Indian journal of veterinary science and animal husbandry - Volume 11,
Year: 1941
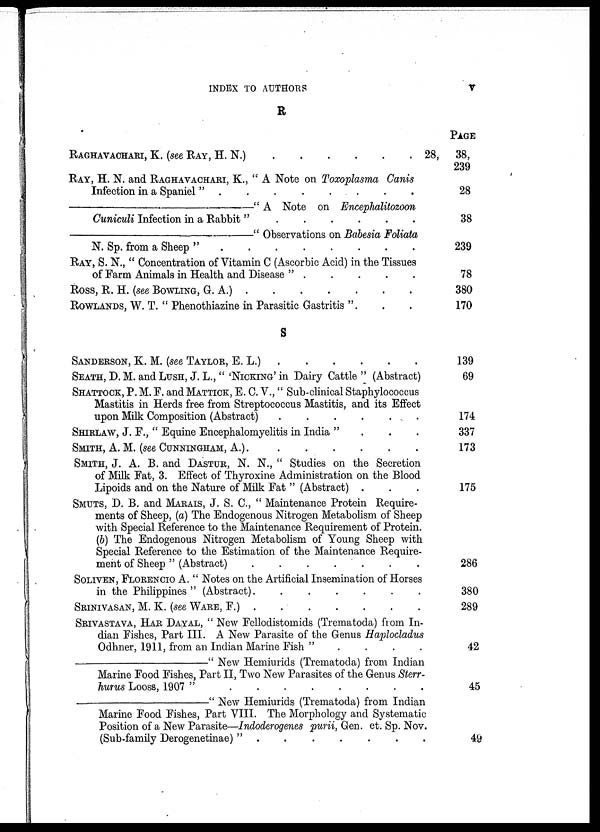
INDEX TO AUTHORS
V
R
RAGHAVACHARI, K. (see RAY, H. N.) . . . . . .
RAY, H. N. and RAGHAVACHARI, K., " A Note on Toxoplasma Canis
Infection in a Spaniel " . . . . . . . . . .
—"
A
Note
on Encephalitozoon
Cuniculi Infection in a Rabbit "
.
.
.
.
.
.
.
—"
Observations on Babesia Foliata
N. Sp. from a Sheep " . . . . . . . . . .
RAY, S. N., " Concentration of Vitamin C (Ascorbic Acid) in the Tissues
of Farm Animals in Health and Disease " . . . . . . . . . .
ROSS, R. H. (see BOWLING, G. A.) . . . . . . .
ROWLANDS, W. T. " Phenothiazine in Parasitic Gastritis ". . .
S
SANDERSON, K. M. (see TAYLOR, E. L.) . . . . . .
SEATH, D. M. and LUSH, J. L., " 'NICKING' in Dairy Cattle " (Abstract)
SHATTOCK, P. M. F. and MATTICK, E. C. V., " Sub-clinical Staphylococcus
Mastitis in Herds free from Streptococcus Mastitis, and its Effect
upon Milk Composition (Abstract)
.
.
.
.
.
.
.
SHIRLAW, J. F., " Equine Encephalomyelitis in India " . . .
SMITH, A.M. (see CUNNINGHAM, A.) . . . . . . .
SMITH, J. A. B. and DASTUR, N. N., " Studies on the Secretion
of Milk Fat, 3. Effect of Thyroxine Administration on the Blood
Lipoids and on the Nature of Milk Fat " (Abstract) . . .
SMUTS, D. B. and MARAIS, J. S. C, " Maintenance Protein Require-
ments of Sheep, (a) The Endogenous Nitrogen Metabolism of Sheep
with Special Reference to the Maintenance Requirement of Protein.
(6) The Endogenous Nitrogen Metabolism of Young Sheep with
Special Reference to the Estimation of the Maintenance Require-
ment of Sheep " (Abstract)
.
.
.
.
.
.
.
SOLIVEN, FLORENCIO A. " Notes on the Artificial Insemination of Horses
in the Philippines " (Abstract).
.
.
.
.
.
.
SRINIVASAN, M. K. (see WARE, F.) . . . . . . . . . .
SRIVASTAVA, HAR DAYAL, " New Fellodistomids (Trematoda) from In-
dian Fishes, Part III. A New Parasite of the Genus Haplocladus
Odhner, 1911, from an Indian Marine Fish " . . . .
—"
New Hemiurids (Trematoda) from Indian
Marine Food Fishes, Part II, Two New Parasites of the Genus Sterr-
hurus Looss, 1907 " . . . . . . . . . .
—"
New Hemiurids (Trematoda) from Indian
Marine Food Fishes, Part VIII. The Morphology and Systematic
Position of a New Parasite—Indoderogenes purii, Gen. et. Sp. Nov.
(Sub-family Derogenetinae) " . . . . . . . . . .
PAGE
28, 38,
239
28
38
239
78
380
170
139
69
174
337
173
175
286
380
289
42
45
49